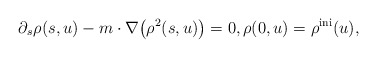
\begin{align*}\partial_s \rho(s,u) - m \cdot \nabla\big(\rho^2(s,u)\big) = 0, \rho(0,u)=\rho^{\rm ini}(u),\end{align*}